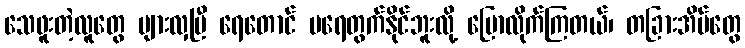
သေဖူးတဲ့လူတွေ များလှပြီ ရေတောင် မရေတွက်နိုင်ဘူးလို့ ပြောလိုက်ကြတယ်၊ တခြားအိမ်တွေ